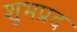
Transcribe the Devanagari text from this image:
शुभप्रद